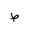
Letter: _da